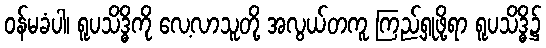
ဝန်မခံပါ၊ ရူပသိဒ္ဓိကို လေ့လာသူတို့ အလွယ်တကူ ကြည့်ရှုဖို့ရာ ရူပသိဒ္ဓိ၌